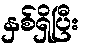
နှစ်ရှိပြီး